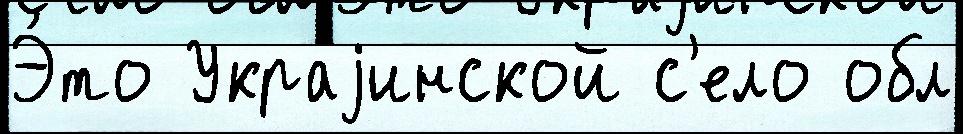
Э́то Украjинской с'ело обл